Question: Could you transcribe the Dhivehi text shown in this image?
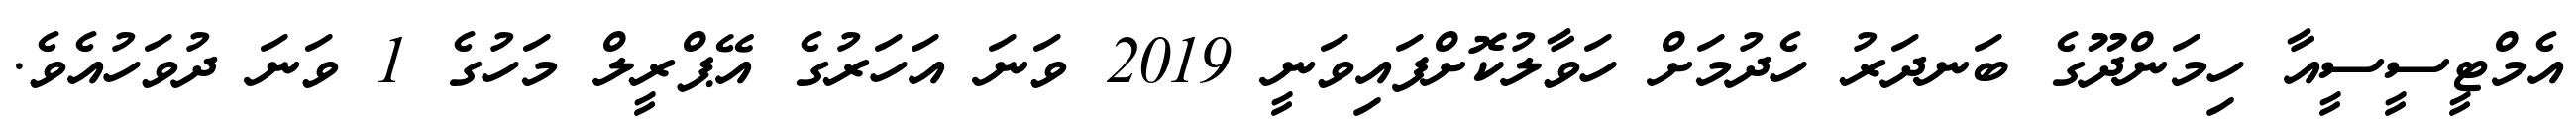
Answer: އެމްޓީސީސީއާ ހިމަންދޫގެ ބަނދަރު ހެދުމަށް ހަވާލުކޮށްފައިވަނީ 2019 ވަނަ އަހަރުގެ އޭޕްރީލް މަހުގެ 1 ވަނަ ދުވަހުއެވެ.